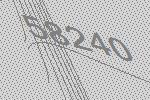
58240